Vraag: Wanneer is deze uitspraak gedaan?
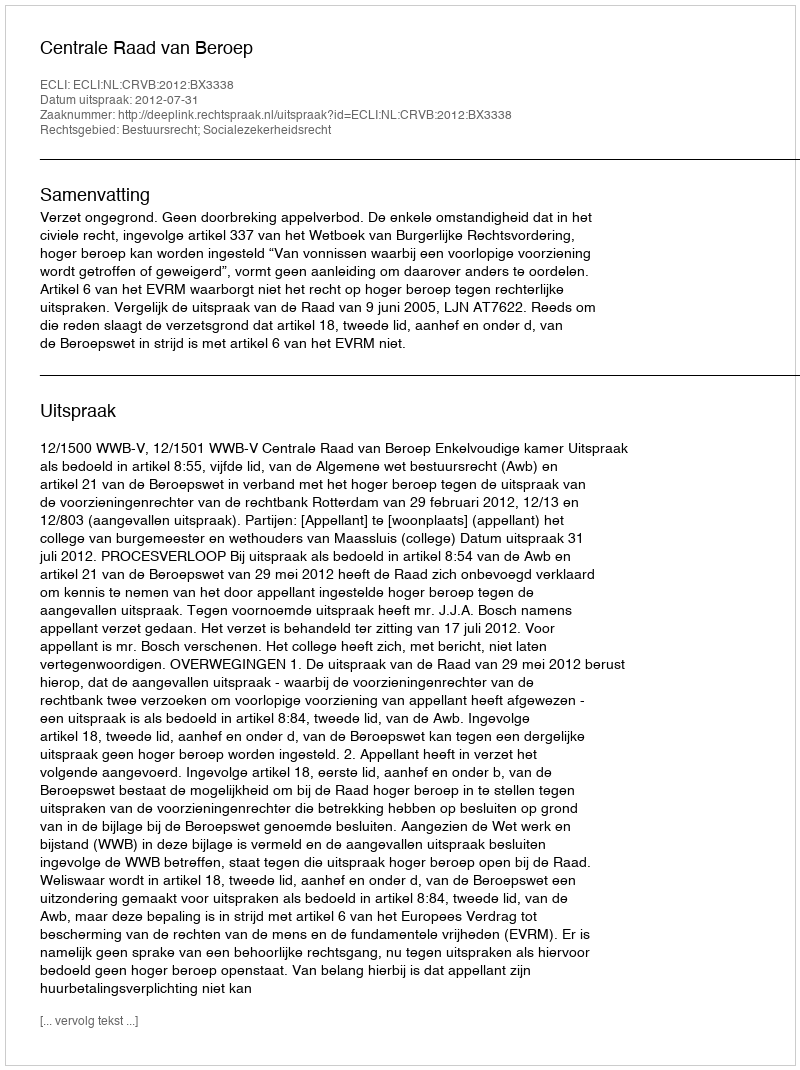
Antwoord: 2012-07-31